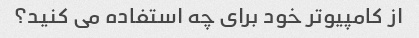
از کامپیوتر خود برای چه استفاده می کنید؟